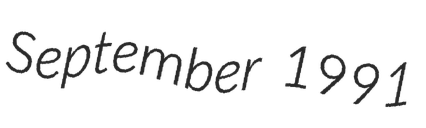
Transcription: September 1991